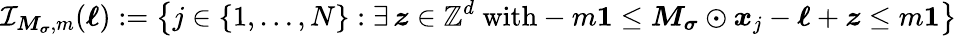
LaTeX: \mathcal I_{\boldsymbol M_{\boldsymbol\sigma},m}(\boldsymbol\ell):=\left\{ j\in\left\{ 1,\dots,N\right\} :\exists\, \boldsymbol z\in\mathbb Z^{d}\ \mathrm{with}-m\boldsymbol 1\leq\boldsymbol M_{\boldsymbol\sigma}\odot\boldsymbol x_{j}-\boldsymbol\ell+\boldsymbol z\leq m\boldsymbol 1\right\}